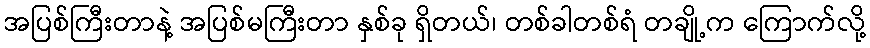
အပြစ်ကြီးတာနဲ့ အပြစ်မကြီးတာ နှစ်ခု ရှိတယ်၊ တစ်ခါတစ်ရံ တချို့က ကြောက်လို့